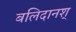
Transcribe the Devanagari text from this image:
बलिदानश्